Lunatic asylums Central Provinces reports 1910-1926 - 1910-1926
Year: 1910
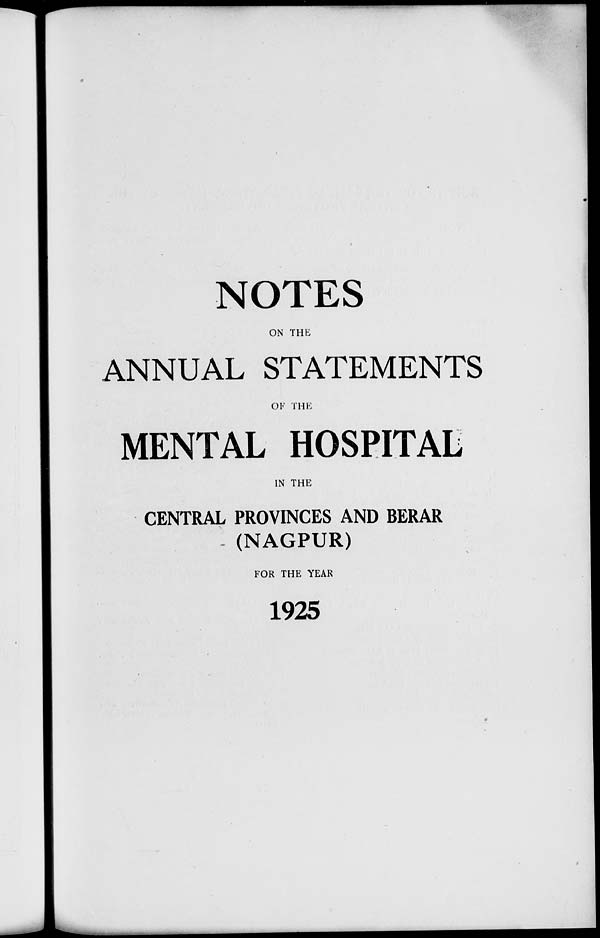
NOTES
ON THE
ANNUAL STATEMENTS
OF THE
MENTAL HOSPITAL
IN THE
CENTRAL PROVINCES AND BERAR
(NAGPUR)
FOR THE YEAR
1925